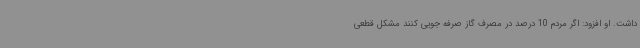
داشت. او افزود: اگر مردم 10 درصد در مصرف گاز صرفه جویی کنند مشکل قطعی